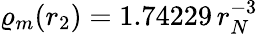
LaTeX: \varrho_{m}(r_{2})=1.74229\, r_{N}^{-3}